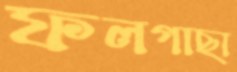
ফলগাছা